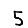
Digit: 5